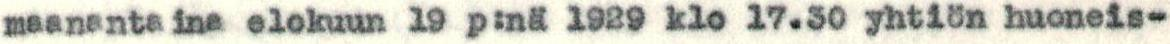
maanantaina elokuun 19 p:nä 1929 klo 17.30 yhtiön huoneis-